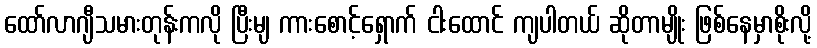
ထော်လာဂျီသမားတုန်းကလို ပြီးမျ ကားစောင့်ရှောက် ငါးထောင် ကျပါတယ် ဆိုတာမျိုး ဖြစ်နေမှာစိုးလို့